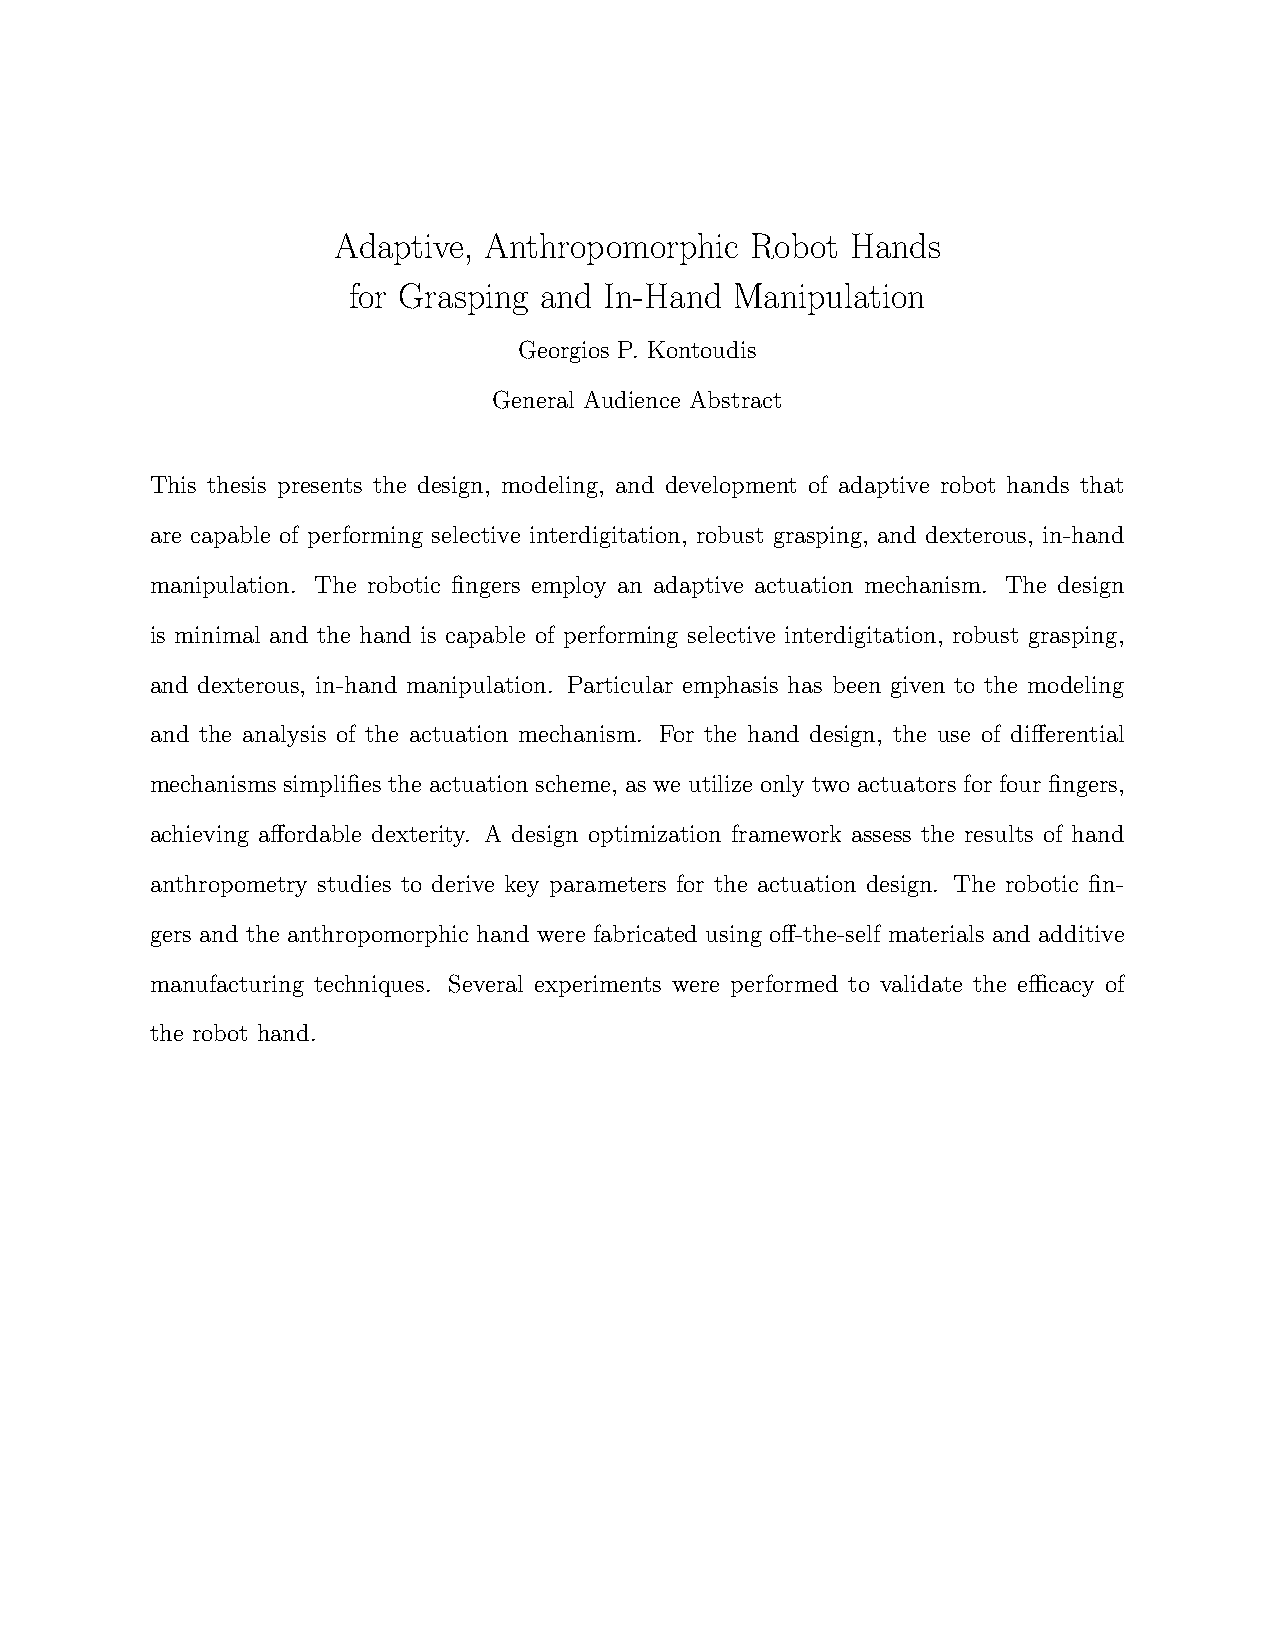
Adaptive, Anthropomorphic   Robot Hands
 for Grasping and In-Hand  Manipulation
 Georgios P. Kontoudis
 General Audience Abstract
 This thesis presents the design, modeling, and development of adaptive robot hands that
 are capable of performing selective interdigitation, robust grasping, and dexterous, in-hand
 manipulation. The robotic fingers employ an adaptive actuation mechanism. The design
 is minimal and the hand is capable of performing selective interdigitation, robust grasping,
 and dexterous, in-hand manipulation. Particular emphasis has been given to the modeling
 and the analysis of the actuation mechanism. For the hand design, the use of differential
 mechanisms simplifies the actuation scheme, as we utilize only two actuators for four fingers,
 achieving affordable dexterity. A design optimization framework assess the results of hand
 anthropometry studies to derive key parameters for the actuation design. The robotic fin-
 gers and the anthropomorphic hand were fabricated using off-the-self materials and additive
 manufacturing techniques. Several experiments were performed to validate the efficacy of
 the robot hand.